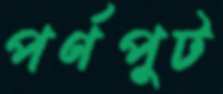
পর্ণপুট